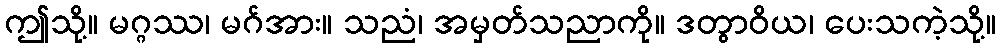
ဤသို့။ မဂ္ဂဿ၊ မဂ်အား။ သညံ၊ အမှတ်သညာကို။ ဒတွာဝိယ၊ ပေးသကဲ့သို့။